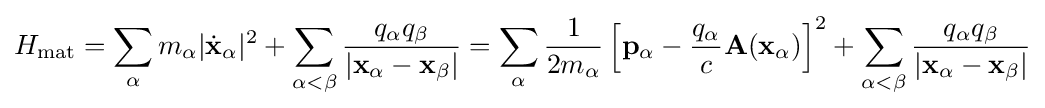
H_{\rm {mat}}=\sum _{\alpha }m_{\alpha }|{\dot {\mathbf {x} }}_{\alpha }|^{2}+\sum _{\alpha <\beta }{\frac {q_{\alpha }q_{\beta }}{|\mathbf {x} _{\alpha }-\mathbf {x} _{\beta }|}}=\sum _{\alpha }{\frac {1}{2m_{\alpha }}}\left[\mathbf {p} _{\alpha }-{\frac {q_{\alpha }}{c}}\mathbf {A} (\mathbf {x} _{\alpha })\right]^{2}+\sum _{\alpha <\beta }{\frac {q_{\alpha }q_{\beta }}{|\mathbf {x} _{\alpha }-\mathbf {x} _{\beta }|}}